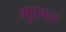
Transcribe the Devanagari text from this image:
मुदग्ल